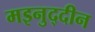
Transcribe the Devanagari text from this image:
मइनुद्दीन